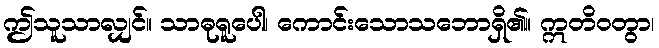
ဤသူသာလျှင်။ သာဓုရူပေါ၊ ကောင်းသောသဘောရှိ၏။ ဣတိဝတွာ၊